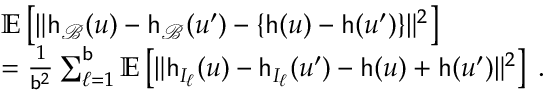
\begin{array} { r l } & { \mathbb { E } \left[ \| \mathsf { h } _ { \mathcal { B } } ( u ) - \mathsf { h } _ { \mathcal { B } } ( u ^ { \prime } ) - \{ \mathsf { h } ( u ) - \mathsf { h } ( u ^ { \prime } ) \} \| ^ { 2 } \right] } \\ & { = \frac { 1 } { \mathsf { b } ^ { 2 } } \sum _ { \ell = 1 } ^ { \mathsf { b } } \mathbb { E } \left[ \| \mathsf { h } _ { I _ { \ell } } ( u ) - \mathsf { h } _ { I _ { \ell } } ( u ^ { \prime } ) - \mathsf { h } ( u ) + \mathsf { h } ( u ^ { \prime } ) \| ^ { 2 } \right] \; . } \end{array}